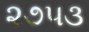
૨૭૫૩